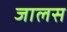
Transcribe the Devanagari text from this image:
जालस